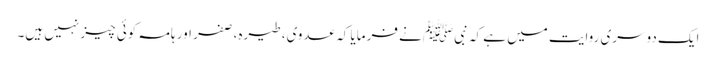
ایک دوسری روایت میں ہے کہ نبیﷺ نے فرمایا کہ عدوی، طیرہ، صفر اور ہامہ کوئی چیز نہیں ہیں۔